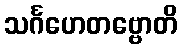
သင်္ဂဟေတဗ္ဗောတိ